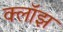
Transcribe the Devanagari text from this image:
क्लॉझ